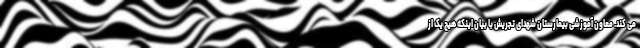
می کند. معاون آموزشی بیمارستان شهدای تجریش با بیان اینکه هیچ یک از